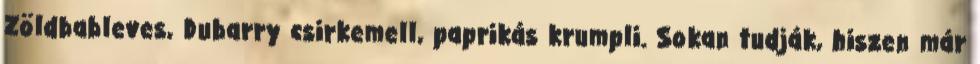
Zöldbableves, Dubarry csirkemell, paprikás krumpli. Sokan tudják, hiszen már